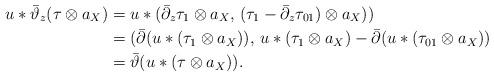
LaTeX: \begin{align*}u*\bar\vartheta_z (\tau\otimes a_X) &= u*(\bar\partial_z\tau_1\otimes a_X,\, (\tau_1-\bar\partial_z\tau_{01})\otimes a_X))\\&=( \bar\partial (u*(\tau_1\otimes a_X)),\, u*(\tau_1\otimes a_X) -\bar\partial (u*(\tau_{01}\otimes a_X))\\&=\bar\vartheta(u*(\tau\otimes a_X)).\end{align*}